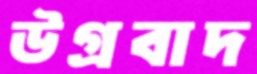
উগ্রবাদ